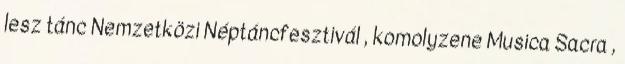
lesz tánc Nemzetközi Néptáncfesztivál , komolyzene Musica Sacra ,